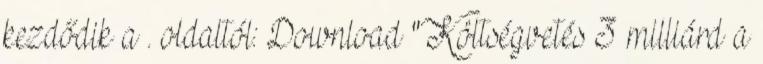
kezdődik a . oldaltól: Download "Költségvetés 3 milliárd a